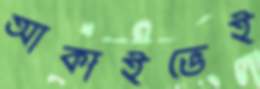
আর্কাইভেই